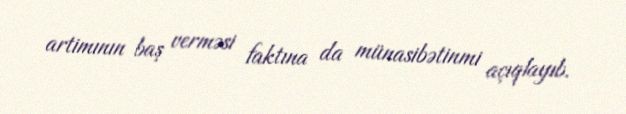
artimının baş verməsi faktına da münasibətinmi açıqlayıb.